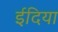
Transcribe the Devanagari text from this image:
ईदिया